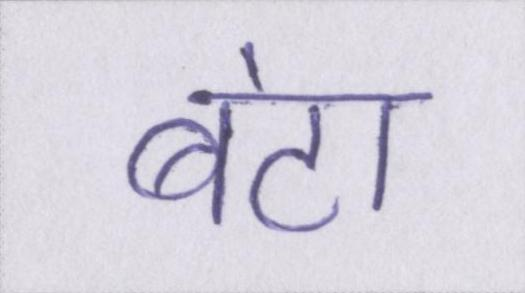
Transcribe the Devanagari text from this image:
बंटा